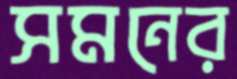
সমনের